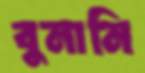
বুনানি